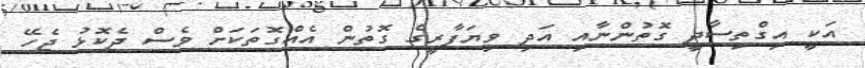
އަކީ އިގްތިސާދީ ގޮތުންނާއި އަދި ވިޔަފާރީގެ ގޮތުން އެއްގޮތަކަށް ވެސް ދެކޮޅު ޖެހޭ